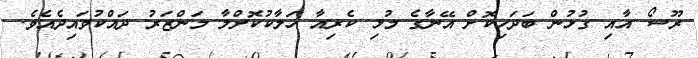
ރޫސޯ އާއި ގުޅުން ބަދަހިކޮށް އޭނާގެ މުޅި ކެރިއާ ހަލާކުކޮށްލާ މަންޒަރު ދައްކުވައިދެއެވެ.